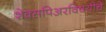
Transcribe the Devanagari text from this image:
शेक्सपिअरविषयीचे